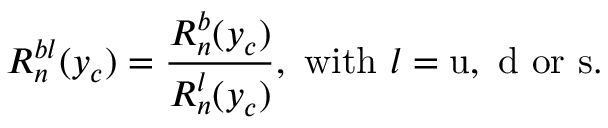
R _ { n } ^ { b l } ( y _ { c } ) = \frac { R _ { n } ^ { b } ( y _ { c } ) } { R _ { n } ^ { l } ( y _ { c } ) } , ~ \mathrm { w i t h } ~ l = \mathrm { u , ~ d ~ o r ~ s . }